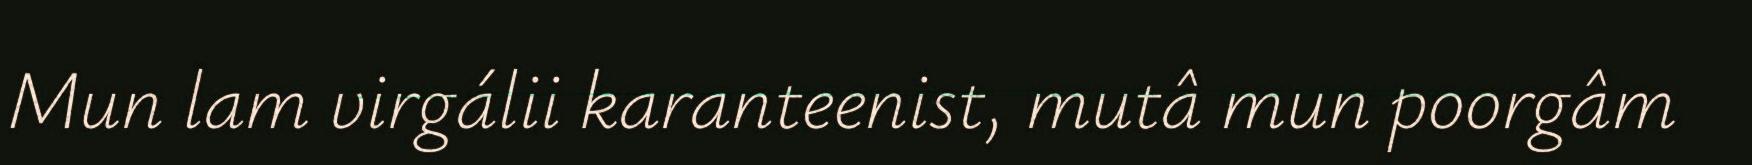
Mun lam virgálii karanteenist, mutâ mun poorgâm